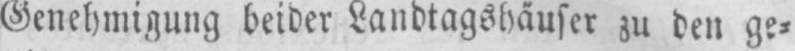
Genehmigung beider Landtagshäuser zu den ge⸗